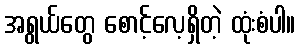
အရွယ်တွေ စောင့်လေ့ရှိတဲ့ ထုံးစံပါ။